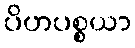
ပိဟပစ္စယာ